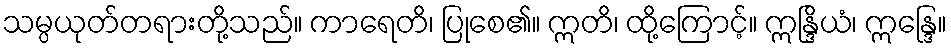
သမ္ပယုတ်တရားတို့သည်။ ကာရေတိ၊ ပြုစေ၏။ ဣတိ၊ ထို့ကြောင့်။ ဣန္ဒြိယံ၊ ဣန္ဒြေ။